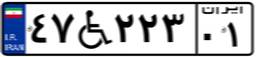
۴۷W۲۲۳۰۱